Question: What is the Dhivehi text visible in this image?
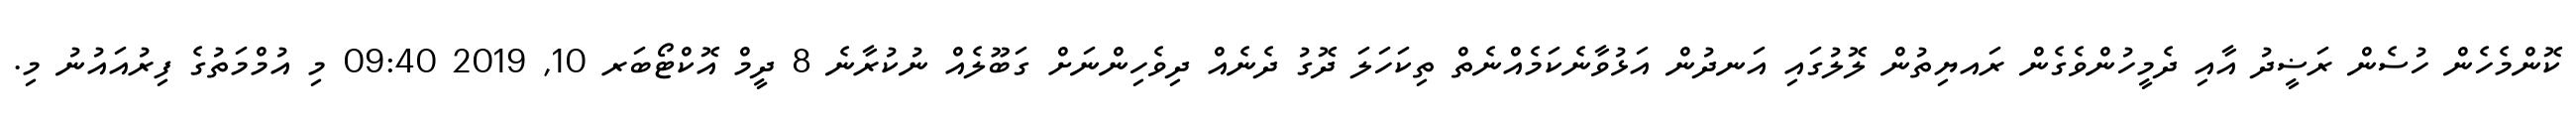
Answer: ކޮންމެހެން ހުސެން ރަޟީދު އާއި ދެމީހުންވެގެން ރައޔިތުން ލޮލުގައި އަނދުން އަޅުވާނެކަމެއްނެތް ތިކަހަލަ ދޮގު ދެނެއް ދިވެހިންނަށް ގަބޫލެއް ނުކުރާނެ 8 ދީމް އޮކްޓޯބަރ 10, 2019 09:40 މި އުމްމަތުގެ ފިރުއައުނު މި.